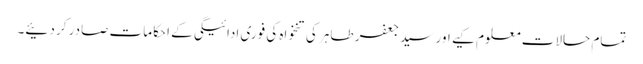
تمام حالات معلوم کیے اور سید جعفر طاہر کی تنخواہ کی فوری ادائیگی کے احکامات صادر کر دئیے۔